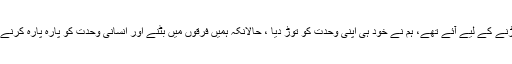
ہم جو جُڑ کر رہنے اور جوڑنے کے لیے آئے تھے، ہم نے خود ہی اپنی وحدت کو توڑ دیا ، حالانکہ ہمیں فرقوں میں بٹنے اور انسانی وحدت کو پارہ پارہ کرنے کا نہ استحقاق تھا نہ اختیار۔